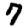
Digit: 7